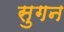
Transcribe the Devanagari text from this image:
सुगन